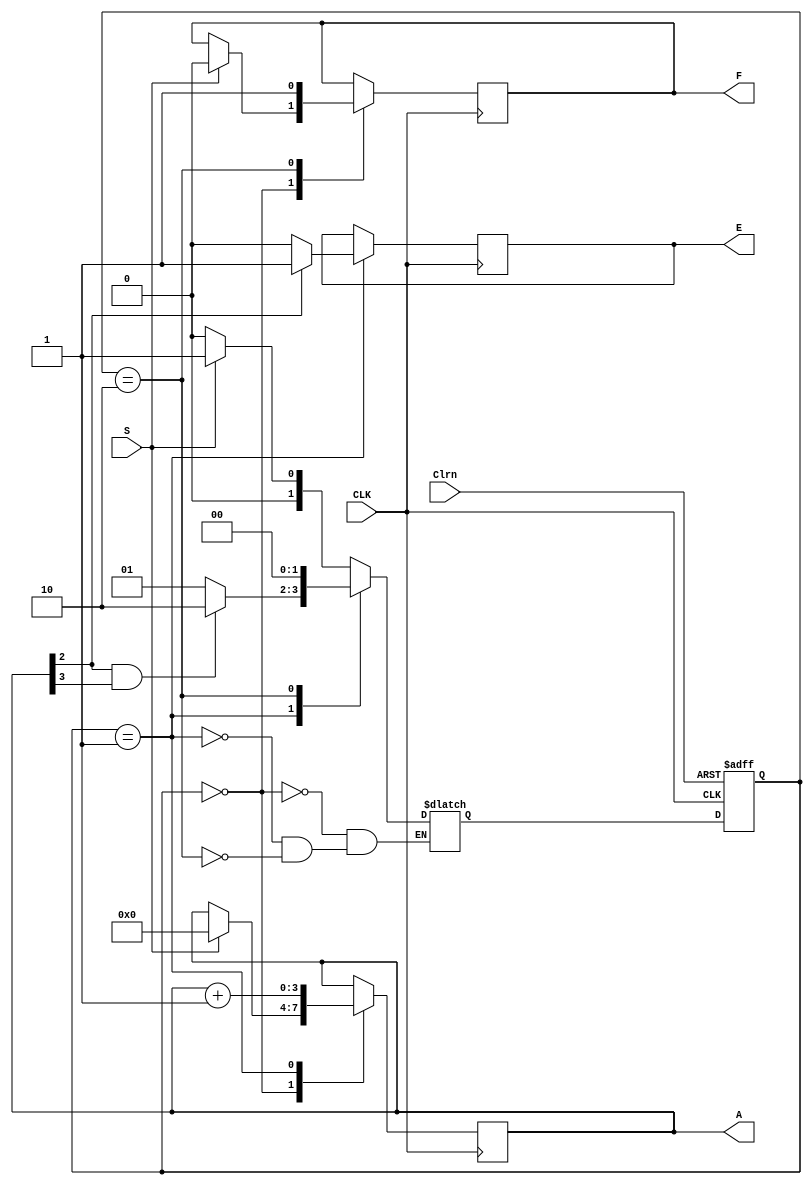
module RTL_Ex_8_2_v_jin(
   output reg E, F,
   output reg[3:0] A,
   input S, CLK, Clrn
   );
   //specify system registers
   reg [1:0] pstate, nstate; //control register
   //Encode the states
   parameter T0 = 2'b00, T1 = 2'b01, T2 = 2'b10;
   //state transition for control 
   always @(posedge CLK, negedge Clrn) begin
	  if(~Clrn) pstate <= T0; //initial state
	  else begin
		 pstate <= nstate; //clocked operations
	  end
   end
   
   //decision box -> decide next state
   always @(S, A, pstate) begin
	  case(pstate)
		 T0:
		 begin
			if(S) nstate = T1;
			else nstate = T0;
		 end
		 T1:
		 begin
			if(A[2]&A[3]) nstate = T2;
			else nstate = T1;
		 end
		 T2:
		 begin
			nstate = T0;
		 end
	  endcase
   end
   
   always @(posedge CLK) begin
	  case(pstate)
		 T0:
		 begin
			if(S) begin
			   A <= 4'b0000;
			   F <= 1'b0;
			end
		 end
		 T1:
		 begin
			A <= A+4'b0001;
			if(A[2]) begin
			   E <= 1'b1;
			end
			else begin 
			   E <= 1'b0;
			end
		 end
		 T2:
			F <= 1'b1;
	  endcase
   end
endmodule